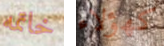
خاتمه كهؤلاء